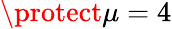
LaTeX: \protect\mu=4